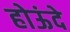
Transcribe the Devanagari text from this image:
होऊंदे